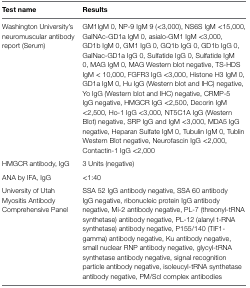
| Test name | Results |
 | --- | --- |
 | Washington University’s neuromuscular antibody report (Serum) | GM1IgM 0, NP-9 IgM 9 (<3,000), NS6S IgM <15,000, GalNAc-GD1a IgM 0, asialo-GM1 IgM <3,000, GD1b IgM 0, GM1 IgG 0, GQ1b IgG 0, GD1b IgG 0, GalNac-GD1a IgG 0, Sulfatide IgG 0, Sulfatide IgM 0, MAG IgM 0, MAG Western blot negative, TS-HDS IgM < 10,000, FGFR3 IgG <3,000, Histone H3 IgM 0, GD1a IgM 0, Hu IgG (Western blot and IHC) negative, Yo IgG (Western blot and IHC) negative, CRMP-5 IgG negative, HMGCR IgG <2,500, Decorin IgM <2,500, Ho-1 IgG <3,000, NT5C1A IgG (Western Blot) negative, SRP IgG and IgM <3,000, MDA5 IgG negative, Heparan Sulfate IgM 0, Tubulin IgM 0, Tublin Western Blot negative, Neurofascin IgG <2,000, Contactin-1 IgG <2,000 |
 | HMGCR antibody, IgG | 3 Units (negative) |
 | ANA by IFA, IgG | <1:40 |
 | University of Utah Myositis Antibody Comprehensive Panel | SSA 52 IgG antibody negative, SSA 60 antibody IgG negative, ribonucleic protein IgG antibody negative, Mi-2 antibody negative, PL-7 (threonyl-tRNA synthetase) antibody negative, PL-12 (alanyl t-RNA synthetase) antibody negative, P155/140 (TIF1-gamma) antibody negative, Ku antibody negative, small nuclear RNP antibody negative, glycyl-tRNA synthetase antibody negative, signal recognition particle antibody negative, isoleucyl-tRNA synthetase antibody negative, PM/Scl complex antibodies |